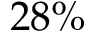
2 8 \%